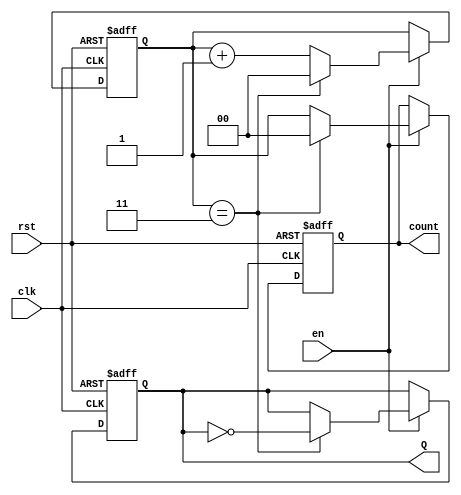
module divide_by_n_counter #(
    parameter N = 4 // Default value of N, can be overridden
)(
    input wire clk,        // Clock input
    input wire rst,        // Reset input (active high)
    input wire en,         // Enable input
    output reg Q,          // Output that toggles after every N clock cycles
    output reg [$clog2(N)-1:0] count // Optional count output
);

    // Internal counter variable
    reg [$clog2(N)-1:0] counter; // Counter to keep track of clock cycles

    // Synchronous process
    always @(posedge clk or posedge rst) begin
        if (rst) begin
            counter <= 0; // Reset counter to 0
            Q <= 0;       // Reset output Q
        end else if (en) begin
            if (counter == N-1) begin
                counter <= 0; // Reset counter after reaching N-1
                Q <= ~Q;       // Toggle output Q
            end else begin
                counter <= counter + 1; // Increment counter
            end
        end
    end

    // Optional output for current count value
    always @(posedge clk or posedge rst) begin
        if (rst) begin
            count <= 0; // Reset count output to 0
        end else if (en) begin
            if (counter == N-1) begin
                count <= 0; // Reset count when toggling Q
            end else begin
                count <= counter; // Update count output
            end
        end
    end

endmodule